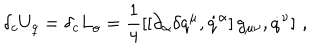
\delta _ { c } U _ { q } = \delta _ { c } L _ { o } = \frac { 1 } { 4 } \left[ \left[ \partial _ { \alpha } \delta q ^ { \mu } , \dot { q } ^ { \alpha } \right] g _ { \mu \nu } , \dot { q } ^ { \nu } \right] \, ,